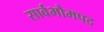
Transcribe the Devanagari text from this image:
सार्वभौमपद